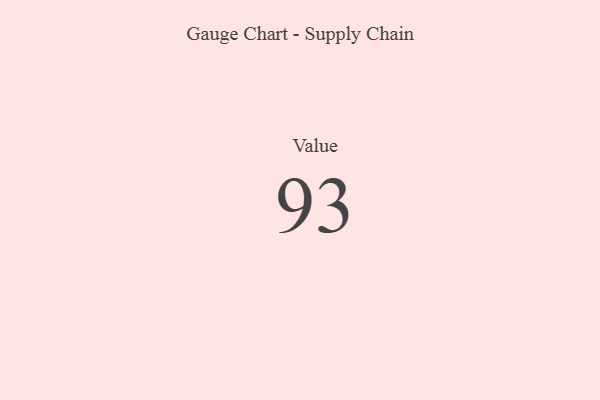
{"axis": {"x": "Metric", "y": "Value"}, "legend": [""], "data": [{"x": "Value", "y": 93, "type": ""}]}